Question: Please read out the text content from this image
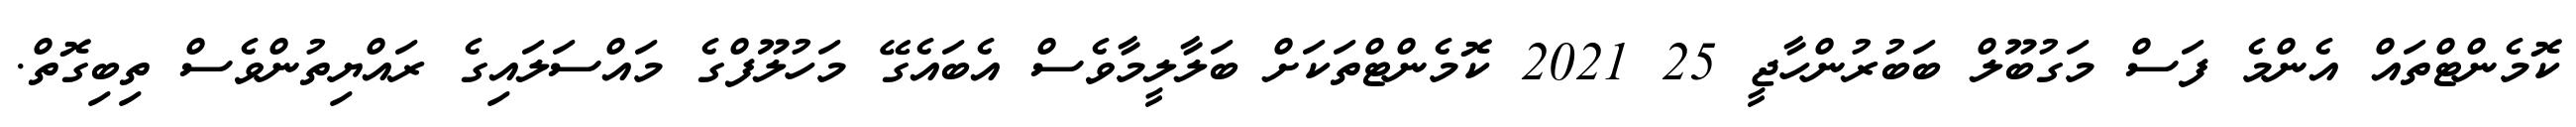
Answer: ކޮމެންޓްތައް އެންމެ ފަސް މަގުބޫލް ބަބުރުންހާޖީ 25 2021 ކޮމެންޓްތަކަށް ބަލާލީމާވެސް އެބައެގޭ މަހުލޫފްގެ މައްސަލައިގެ ރައްޔިތުންވެސް ތިބިގޮތް.